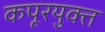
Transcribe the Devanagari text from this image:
कपूरयुक्त